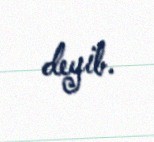
deyib.